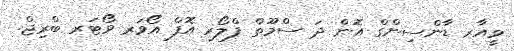
ވީއާރ ޑާންސިންގް އޮން ދަ ސްމޫތް ފްލޯރ އޮފް އޯވަރ ވޯޓަރ ބްރިޖް.